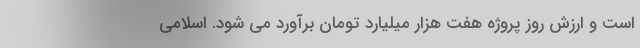
است و ارزش روز پروژه هفت هزار میلیارد تومان برآورد می شود. اسلامی